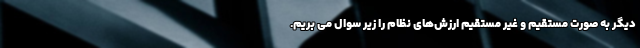
دیگر به صورت مستقیم و غیر مستقیم ارزش‌های نظام را زیر سوال می بریم.